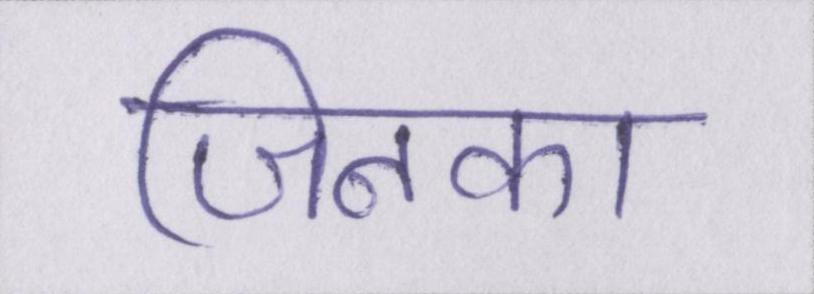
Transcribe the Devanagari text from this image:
जिनका